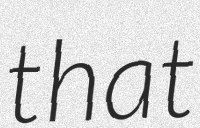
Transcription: that